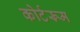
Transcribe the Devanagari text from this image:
कोर्टरूम